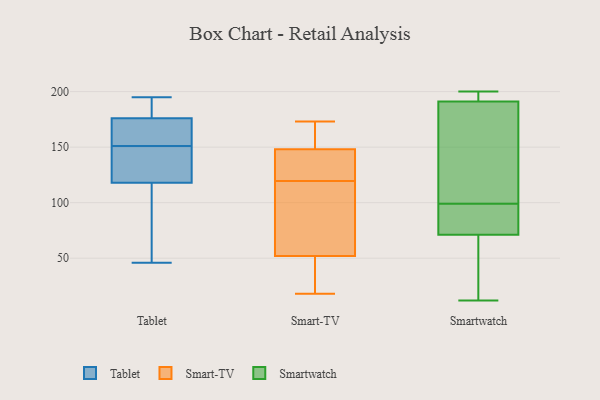
{"axis": {"x": "Energy Usage (MWh)", "y": "Value"}, "legend": ["Smart-TV", "Smartwatch", "Tablet"], "data": [{"x": "", "y": 194, "type": "Tablet"}, {"x": "", "y": 169, "type": "Tablet"}, {"x": "", "y": 134, "type": "Tablet"}, {"x": "", "y": 74, "type": "Tablet"}, {"x": "", "y": 194, "type": "Tablet"}, {"x": "", "y": 46, "type": "Tablet"}, {"x": "", "y": 170, "type": "Tablet"}, {"x": "", "y": 97, "type": "Tablet"}, {"x": "", "y": 152, "type": "Tablet"}, {"x": "", "y": 195, "type": "Tablet"}, {"x": "", "y": 126, "type": "Tablet"}, {"x": "", "y": 125, "type": "Tablet"}, {"x": "", "y": 151, "type": "Tablet"}, {"x": "", "y": 129, "type": "Smart-TV"}, {"x": "", "y": 116, "type": "Smart-TV"}, {"x": "", "y": 123, "type": "Smart-TV"}, {"x": "", "y": 18, "type": "Smart-TV"}, {"x": "", "y": 128, "type": "Smart-TV"}, {"x": "", "y": 173, "type": "Smart-TV"}, {"x": "", "y": 129, "type": "Smart-TV"}, {"x": "", "y": 162, "type": "Smart-TV"}, {"x": "", "y": 27, "type": "Smart-TV"}, {"x": "", "y": 148, "type": "Smart-TV"}, {"x": "", "y": 149, "type": "Smart-TV"}, {"x": "", "y": 158, "type": "Smart-TV"}, {"x": "", "y": 35, "type": "Smart-TV"}, {"x": "", "y": 91, "type": "Smart-TV"}, {"x": "", "y": 52, "type": "Smart-TV"}, {"x": "", "y": 52, "type": "Smart-TV"}, {"x": "", "y": 55, "type": "Smart-TV"}, {"x": "", "y": 112, "type": "Smart-TV"}, {"x": "", "y": 16, "type": "Smartwatch"}, {"x": "", "y": 38, "type": "Smartwatch"}, {"x": "", "y": 12, "type": "Smartwatch"}, {"x": "", "y": 153, "type": "Smartwatch"}, {"x": "", "y": 80, "type": "Smartwatch"}, {"x": "", "y": 80, "type": "Smartwatch"}, {"x": "", "y": 83, "type": "Smartwatch"}, {"x": "", "y": 196, "type": "Smartwatch"}, {"x": "", "y": 200, "type": "Smartwatch"}, {"x": "", "y": 85, "type": "Smartwatch"}, {"x": "", "y": 113, "type": "Smartwatch"}, {"x": "", "y": 186, "type": "Smartwatch"}, {"x": "", "y": 196, "type": "Smartwatch"}, {"x": "", "y": 177, "type": "Smartwatch"}, {"x": "", "y": 196, "type": "Smartwatch"}, {"x": "", "y": 62, "type": "Smartwatch"}]}